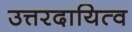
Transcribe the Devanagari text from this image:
उत्तरदायित्व